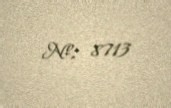
№: 8713